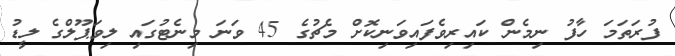
ފުރަތަމަ ހާފު ނިމެން ކައިރިވެފައިވަނިކޮށް މެޗުގެ 45 ވަނަ މިނެޓުގައި ލިވަޕޫލްގެ ލީޑު